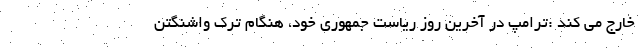
خارج می کند :ترامپ در آخرین روز ریاست جمهوری خود، هنگام ترک واشنگتن